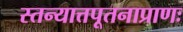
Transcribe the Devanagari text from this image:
स्तन्यात्तपूतनाप्राणः